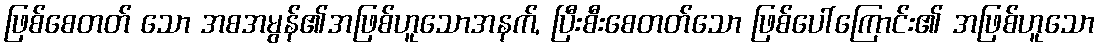
ဖြစ်စေတတ် သော အစအမွန်၏အဖြစ်ဟူသောအနက်, ပြီးစီးစေတတ်သော ဖြစ်ပေါ်ကြောင်း၏ အဖြစ်ဟူသော